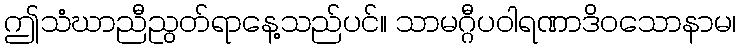
ဤသံဃာညီညွတ်ရာနေ့သည်ပင်။ သာမဂ္ဂီပဝါရဏာဒိဝသောနာမ၊